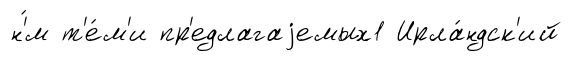
н'́м т'е́м'и пр'едлагаjемых1 Ирла́ндск'ий